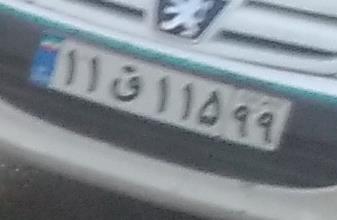
۱۱ق۱۱۵۹۹